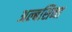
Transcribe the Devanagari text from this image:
अल्बसिना